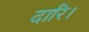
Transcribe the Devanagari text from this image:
दारि।